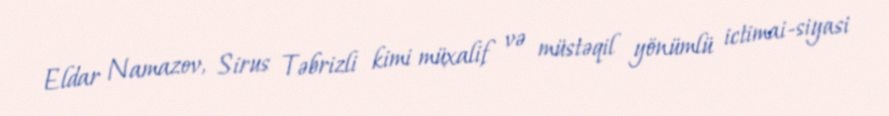
Eldar Namazov, Sirus Təbrizli kimi müxalif və müstəqil yönümlü ictimai-siyasi